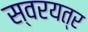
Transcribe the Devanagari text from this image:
स्वरयत्र